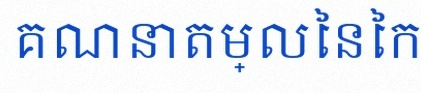
គណនាតម្លៃនៃកន្សោម